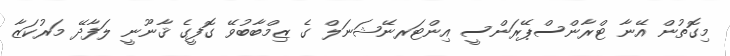
މިގޮތުން އޭނާ ޓްރާންސްޕޭރަންސީ އިންޓަރނޭޝަނަލް ގެ ޒިމްބާބުވޭ ގޮފީގެ ޤާނޫނީ ލަފާދޭ މަރުކަޒާ